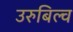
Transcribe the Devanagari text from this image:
उरुबिल्व